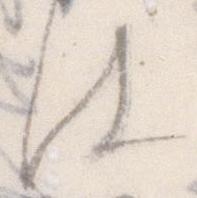
は